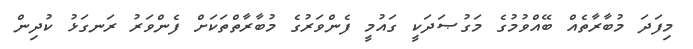
މިފަދަ މުބާރާތެއް ބޭއްވުމުގެ މަގުޞަދަކީ ގައުމީ ފެންވަރުގެ މުބާރާތްތަކަށް ފެންވަރު ރަނގަޅު ކުދިން